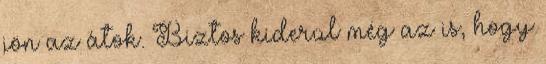
jön az átok. Biztos kiderül még az is, hogy